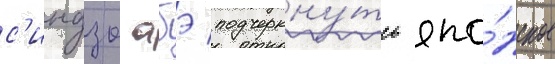
с'индзо абэ подчеркну́ть япо́нское